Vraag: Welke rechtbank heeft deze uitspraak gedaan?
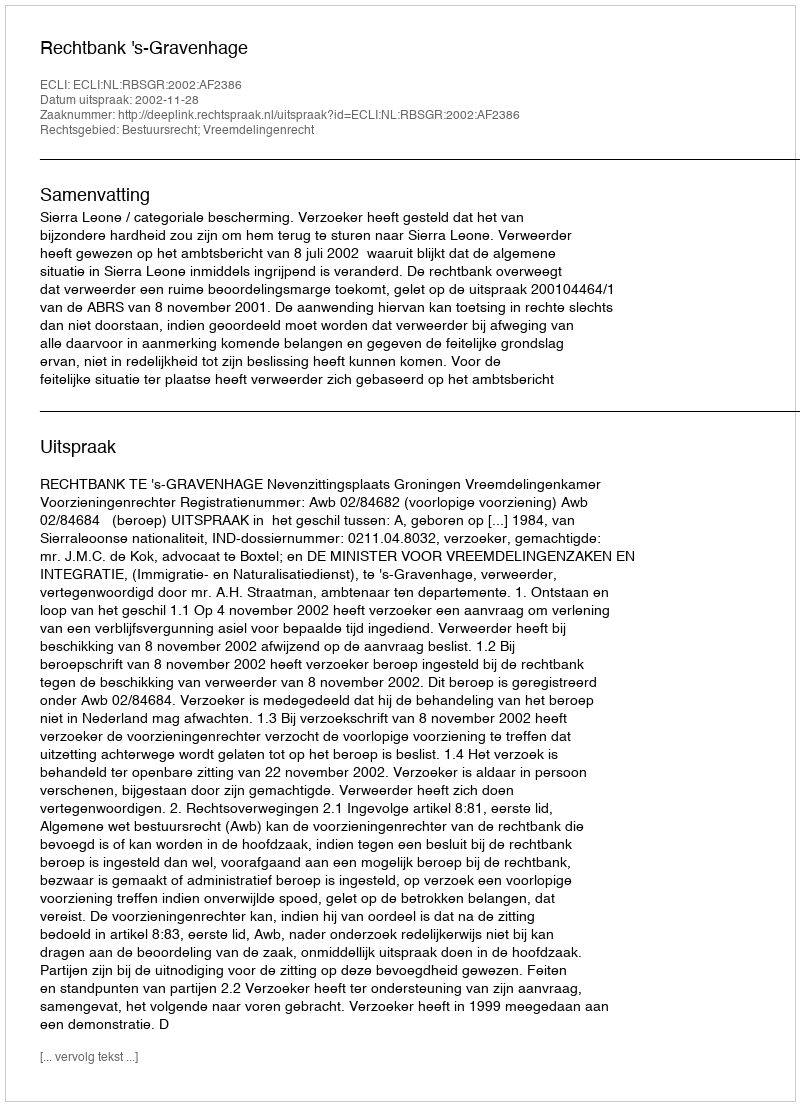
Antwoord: Rechtbank 's-Gravenhage